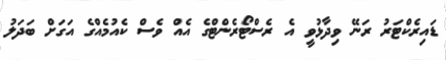
ޑައިރެކްޓަރު ރަނޭ ވިދާޅުވީ އެ ރެސްޓޯރެންޓްގެ އެއް ވެސް ކެއުމެއްގެ އަގަށް ބަދަލު